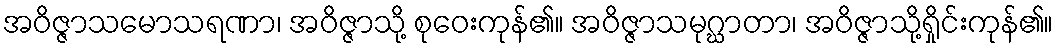
အဝိဇ္ဇာသမောသရဏာ၊ အဝိဇ္ဇာသို့ စုဝေးကုန်၏။ အဝိဇ္ဇာသမုဂ္ဃာတာ၊ အဝိဇ္ဇာသို့ရှိုင်းကုန်၏။